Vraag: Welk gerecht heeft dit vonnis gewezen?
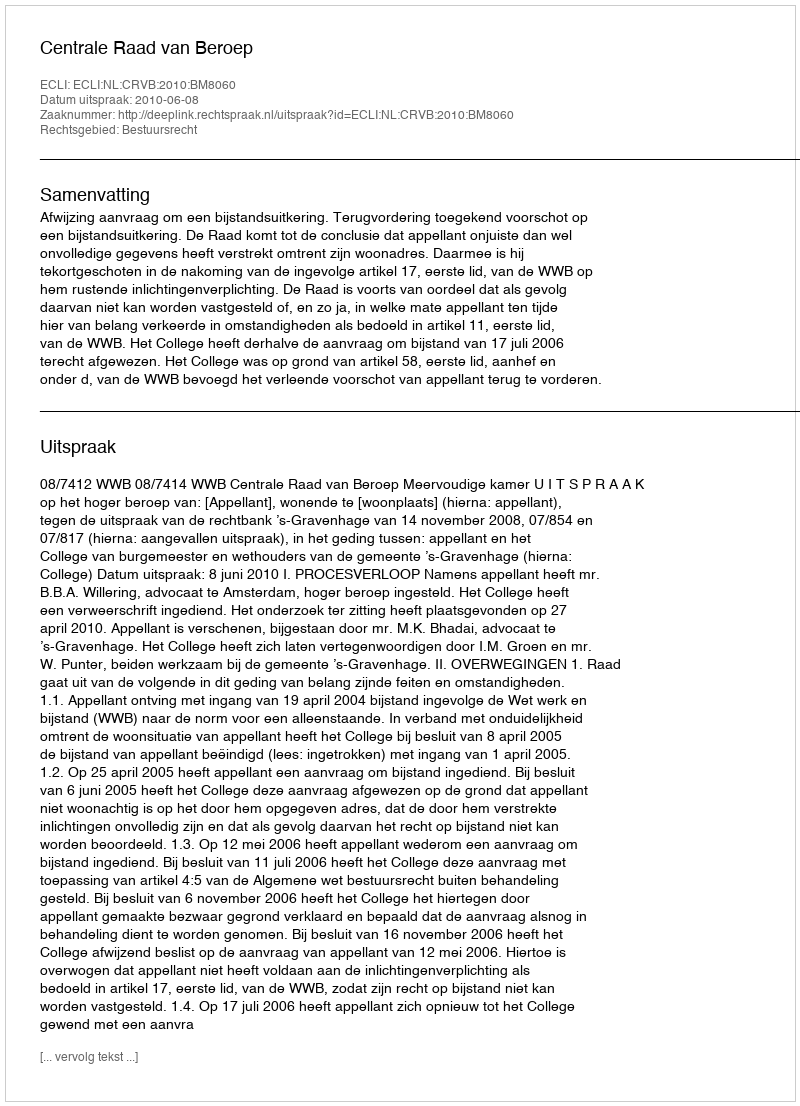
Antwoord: Centrale Raad van Beroep